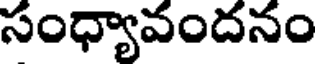
సంధ్యావందనం